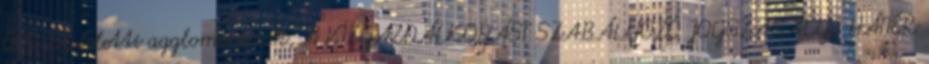
000 LE feletti agglomerációk, A VÍZGAZDÁLKODÁST SZABÁLYOZÓ JOGSZABÁLYI HÁTTÉR